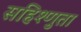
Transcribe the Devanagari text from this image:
सहिश्णुता